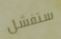
ستفشل